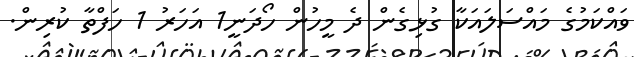
ވައްކަމުގެ މައްސަލައަކާ ގުޅިގެން ދެ މީހުން ހޯދަނީ1 އަހަރު 1 ހަފްތާ ކުރިން.